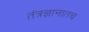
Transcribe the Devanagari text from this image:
तंत्रज्ञानातच